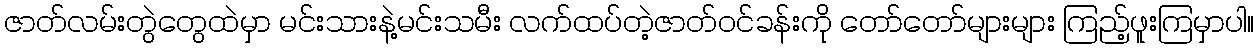
ဇာတ်လမ်းတွဲတွေထဲမှာ မင်းသားနဲ့မင်းသမီး လက်ထပ်တဲ့ဇာတ်ဝင်ခန်းကို တော်တော်များများ ကြည့်ဖူးကြမှာပါ။